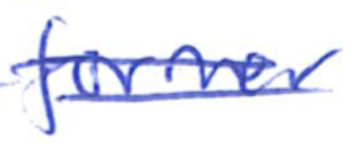
Text: former
Cross-out: double-line
Writing tool: ballpoint